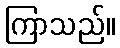
ကြာသည်။